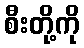
စီးတို့ကို